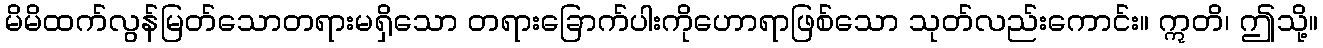
မိမိထက်လွန်မြတ်သောတရားမရှိသော တရားခြောက်ပါးကိုဟောရာဖြစ်သော သုတ်လည်းကောင်း။ ဣတိ၊ ဤသို့။